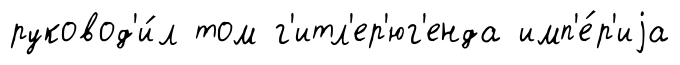
руковод'и́л том г'итл'ер'юг'енда имп'е́р'иjа